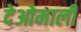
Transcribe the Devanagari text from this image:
देओमाली